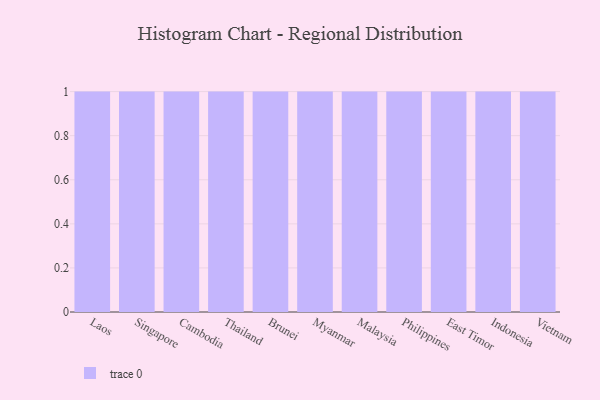
{"axis": {"x": "Country", "y": "Headcount"}, "legend": [""], "data": [{"x": "Laos", "y": 82, "type": ""}, {"x": "Singapore", "y": 80, "type": ""}, {"x": "Cambodia", "y": 43, "type": ""}, {"x": "Thailand", "y": 51, "type": ""}, {"x": "Brunei", "y": 70, "type": ""}, {"x": "Myanmar", "y": 23, "type": ""}, {"x": "Malaysia", "y": 77, "type": ""}, {"x": "Philippines", "y": 15, "type": ""}, {"x": "East Timor", "y": 1, "type": ""}, {"x": "Indonesia", "y": 46, "type": ""}, {"x": "Vietnam", "y": 3, "type": ""}]}